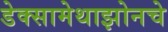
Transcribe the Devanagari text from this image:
डेक्सामेथाझोनचे